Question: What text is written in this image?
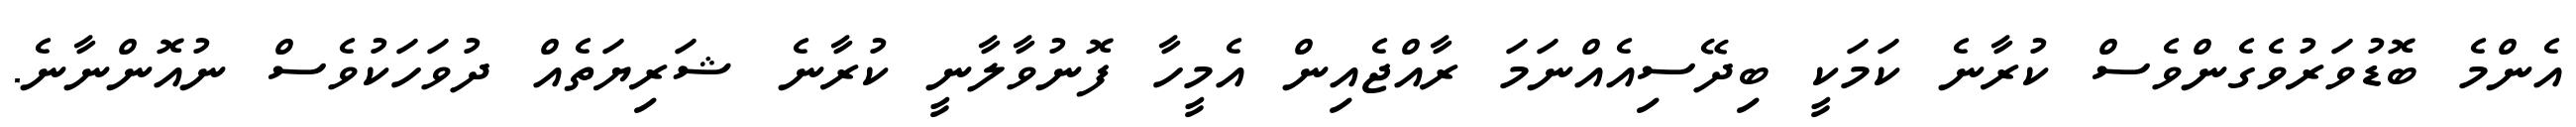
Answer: އެންމެ ބޮޑުވަރުވެގެންވެސް ކުރާނެ ކަމަކީ ބިދޭސިއެއްނަމަ ރާއްޖެއިން އެމީހާ ފޮނުވާލާނީ ކުރާނެ ޝަރިޔަތެއް ދުވަހަކުވެސް ނުއޮންނާނެ.